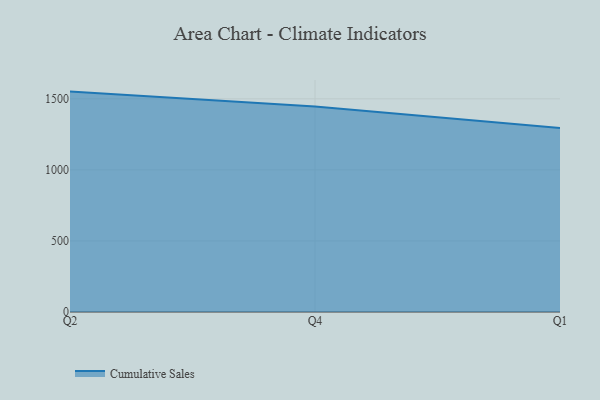
{"axis": {"x": "Quarter", "y": "Temperature (°C)"}, "legend": ["Cumulative Sales"], "data": [{"x": "Q2", "y": 1550.8, "type": "Cumulative Sales"}, {"x": "Q4", "y": 1446.0, "type": "Cumulative Sales"}, {"x": "Q1", "y": 1295.1, "type": "Cumulative Sales"}]}